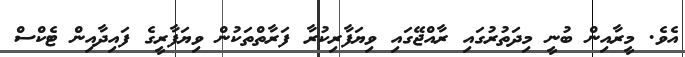
އެވެ. މީރާއިން ބުނީ މިދަތުރުގައި ރާއްޖޭގައި ވިޔަފާރިކުރާ ފަރާތްތަކުން ވިޔަފާރީގެ ފައިދާއިން ޓެކްސް